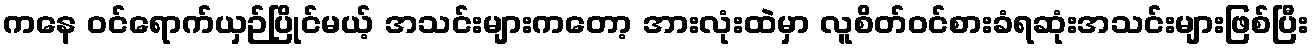
ကနေ ဝင်ရောက်ယှဉ်ပြိုင်မယ့် အသင်းများကတော့ အားလုံးထဲမှာ လူစိတ်ဝင်စားခံရဆုံးအသင်းများဖြစ်ပြီး